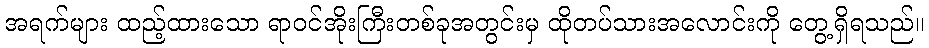
အရက်များ ထည့်ထားသော ရာဝင်အိုးကြီးတစ်ခုအတွင်းမှ ထိုတပ်သားအလောင်းကို တွေ့ရှိရသည်။